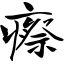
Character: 瘵